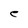
Character: e